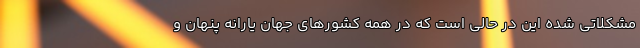
مشکلاتی شده این در حالی است که در همه کشورهای جهان یارانه پنهان و